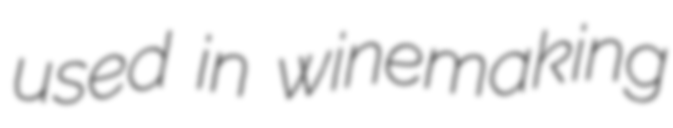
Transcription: used in winemaking